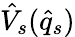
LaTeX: \hat{V}_{s}({\hat{q}_{s}})